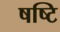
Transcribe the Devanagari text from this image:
षष्टि